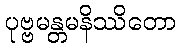
ပုဗ္ဗမန္တမနိဿိတော